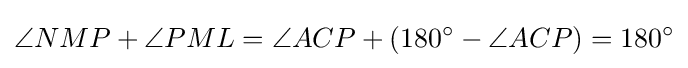
\angle NMP+\angle PML=\angle ACP+(180^{\circ }-\angle ACP)=180^{\circ }